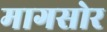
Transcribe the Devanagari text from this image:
मागसोर